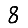
Digit: 8